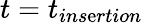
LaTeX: t=t_{ins\mathrm{e}rtion}